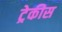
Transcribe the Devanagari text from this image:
ट्रेकीस